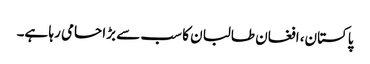
پاکستان، افغان طالبان کا سب سے بڑا حامی رہا ہے۔